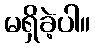
မရှိခဲ့ပါ။